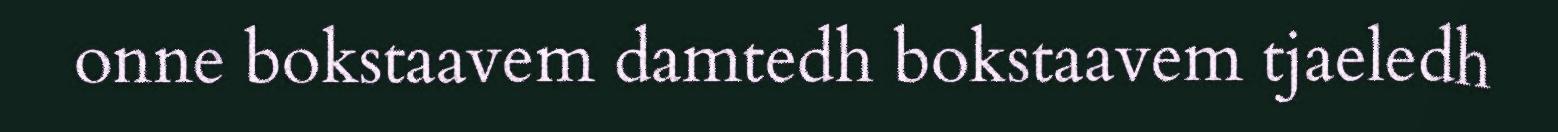
onne bokstaavem damtedh bokstaavem tjaeledh